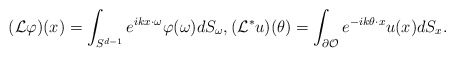
\begin{align*}(\mathcal L \varphi)(x)=\int_{S^{d-1}} e^{ikx\cdot \omega} \varphi(\omega) dS_\omega, (\mathcal L^* u)(\theta)=\int_{\partial \mathcal O} e^{-ik\theta \cdot x} u(x) dS_x.\end{align*}